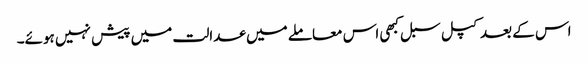
اس کے بعد کپل سبل کبھی اس معاملے میں عدالت میں پیش نہیں ہوئے۔